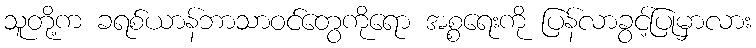
သူတို့က ခရစ်ယာန်ဘာသာဝင်တွေကိုရော အစ္စရေးကို ပြန်လာခွင့်ပြုမှာလား